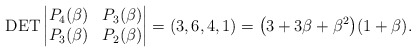
\begin{gather*}\operatorname{DET} \left | \begin{matrix}P_4(\beta) & P_3(\beta) \\P_3(\beta) & P_2(\beta)\end{matrix} \right | = (3,6,4,1)=\big(3+3 \beta+ \beta^2\big) (1+\beta).\end{gather*}